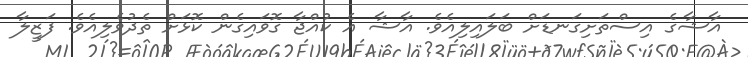
އާޝާގެ އިސްތަށިގަނޑަށް ބަލައިލިއެވެ. އާޝާ އެ ކުއްޖާ ގޮވައިގެން ކޮޅަށް ތެދުވެލިއެވެ. ފަޒީލާ